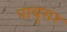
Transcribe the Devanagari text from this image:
पाबुसर